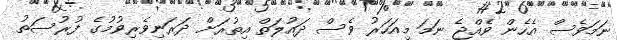
ނަމަވެސް އެހެން ވެއްޖެ ނަމަ މިއަހަރު ވެސް ދައުލަތް އިތުރަށް ދަރަނިވެރިވުމުގެ ފުރުސަތު